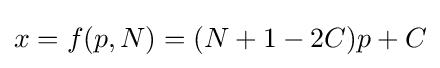
x=f(p,N)=(N+1-2C)p+C